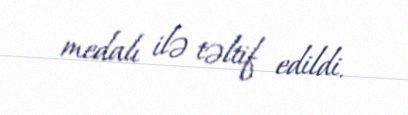
medalı ilə təltif edildi.